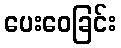
ပေးဝေခြင်း